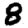
Digit: 8